Scientific memoirs by medical officers of the Army of India - Part II,
Year: 1886
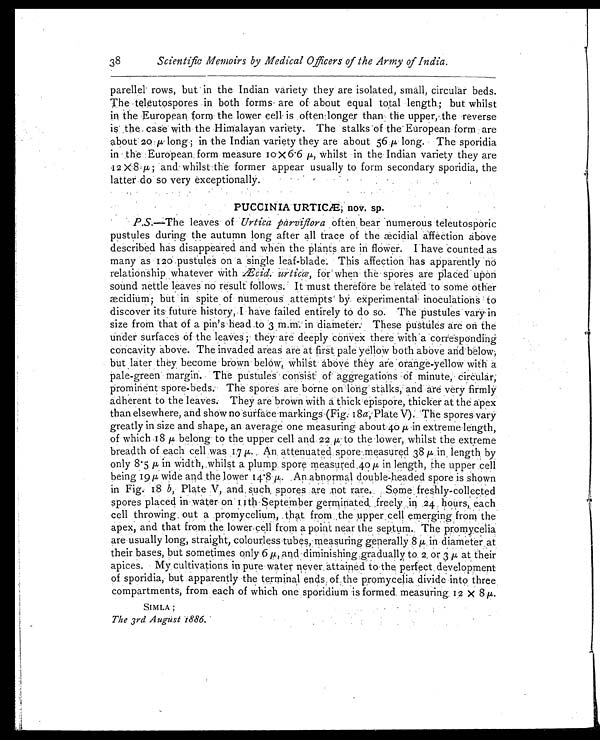
38
Scientific Memoirs by Medical Officers of the Army of India.
parellel rows, but in the Indian variety they are isolated, small, circular beds.
The teleutospores in both forms are of about equal total length; but whilst
in the European form the lower cell is often-longer than the upper, the reverse
is the case with the Himalayan variety. The stalks of the European form are
about 20 µ long; in the Indian variety they are about 56 µ long. The sporidia
in the European form measure 10 x 6.6 µ, whilst in the Indian variety they are
12 x 8 µ;and whilst the former appear usually to form secondary sporidia, the
latter do so very exceptionally.
PUCCINIA URTICÆ, nov. sp.
P.S.—The leaves of Urtica parviflorao f t e n , b e a r n u m e r o u s t e l e u t o s p o r i c
pustules during the autumn long after all trace of the æcidial affection above
described has disappeared and when the plants are in flower. I have counted as
many as 120 pustules on a single leaf-blade. This affection has apparently no
relationship whatever with Æcid. urticæ, for when the spores are placed upon
sound nettle leaves no result follows. It must therefore be related to some other
æcidium; but in spite of numerous attempts by experimental inoculations to
discover its future history, I have failed entirely to do so. The pustules vary in
size from that of a pin' s head 3 m.m. in diameter. These pustules are on the
under surfaces of the leaves; they are deeply convex there with a corresponding
concavity above. The invaded areas are at first pale yellow both above and below,
but later they become brown below, whilst above they are orange-yellow with a
pale-green margin. The pustules consi st of aggregations of minute, circular,
prominent spore-beds. The spores are borne on long stalks, and are very firmly
adherent to the leaves. They are brown with a thick epispore, thicker at the apex
than elsewhere, and show no surface markings (Fig: 18a, Plate V). The spores vary
greatly in size and shape, an average one measuring about 40 µ in extreme length,
of which 18 µ belong to the upper cell and 22 µ to the lower, whilst the extreme
breadth of each cell was 17 µ. An attenuated spore measured 38 µ in length by
only 8.5 µ in width, whilst a plump spore measured 40 µ in length, the upper cell
being 19 µ wide and the lower 14.8 µ. An abnormal double-headed spore is, shown
in Fig. 18 b, Plate V, and such spores are not rare. Some freshly-collected
spores placed in water on 11th September germinated freely in 24 hours, each
cell throwing. out a promycelium, that from the upper cell emerging from the
apex, and that from the, lower cell from a point near the septum. The promycelia
are usually long, straight, colourless tubes, measuring generally 8 µ in diameter at
their bases, but sometimes only 6 µ, and diminishing gradually to 2, or 3 µ at their
apices. My cultivations in pure water never attained to the perfect development
of sporidia, but apparently the terminal ends of the promycelia divide into three
compartments, from each of which one sporidium is formed measuring 12 x 8
µ
SIMLA;
The 3rd August 1886.